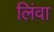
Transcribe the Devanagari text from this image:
लिंवा